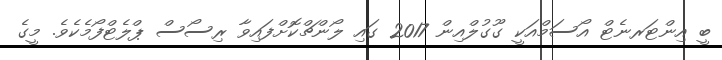
ބީ އިންޓަރނެޓް އޯސަމްއަކީ ގޫގުލްއިން 2017 ގައި ލޯންޗްކޮށްފައިވާ ރިސޯސް ޕްލެޓްފޯމެކެވެ. މީގެ